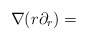
\begin{align*}\nabla (r \partial_r) = \end{align*}